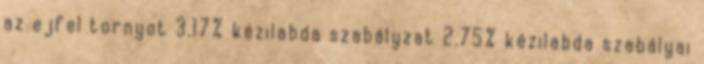
az ejfel tornyot 3.17% kézilabda szabályzat 2.75% kézilabda szabályai